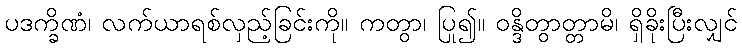
ပဒက္ခိဏံ၊ လက်ယာရစ်လှည့်ခြင်းကို။ ကတွာ၊ ပြု၍။ ဝန္ဒိတွာတ္တာမိ၊ ရှိခိုးပြီးလျှင်